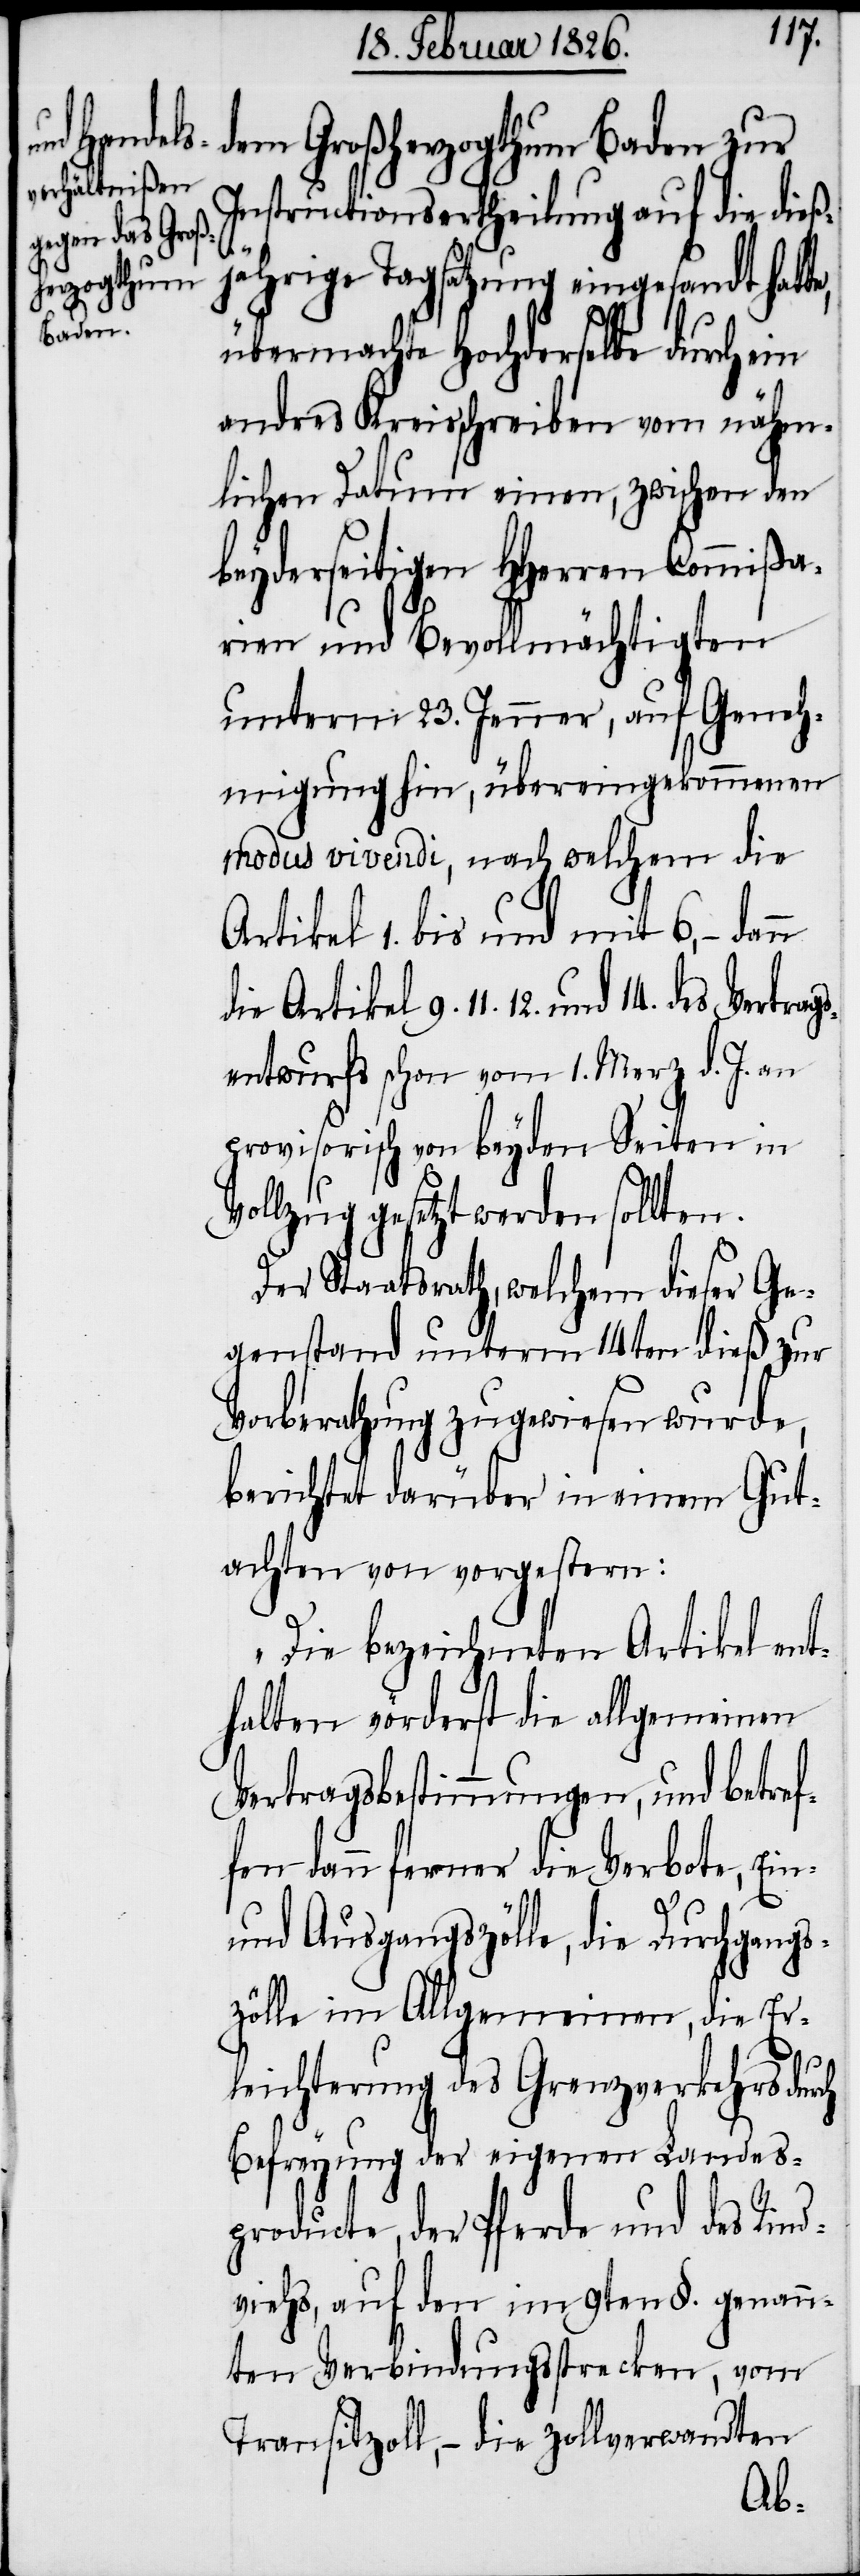
Vertrags¬

dem Großherzogthum Baden zur
Instructionsertheilung auf die dieß¬
jährige Tagsatzung eingesandt hatte,
übermachte Hochderselbe durch ein
andres Kreisschreiben vom nähm¬
lichen Datum einen, zwischen den
beyderseitigen HHerrn Commißia¬
rien und Bevollmächtigten
unterm 23. Jenner, auf Geneh¬
migung hin, übereingekommenen
modus vivendi, nach welchem die
Artikel 1. bis und mit 6, –
die Artikel 9. 11. 12. und 14. des
entwurfs schon vom 1. Merz d. J. an
provisorisch von beyden Seiten in
Vollzug gesetzt werden sollten.
Der Staatsrath, welchem dieser Ge¬
genstand unterm 14ten dieß zur
Vorberathung zugewiesen wurde,
berichtet darüber in einem Gut¬
achten von vorgestern:
„Die bezeichneten Artikel ent¬
halten vörderst die allgemeinen
Vertragsbestimmungen, und betref¬
fen dann ferner die Verbote, Ein-
und Ausgangszölle, die Durchgangs¬
zölle im Allgemeinen, die Er¬
leichterung des Grenzverkehrs durch
Befreyung der eigenen Landes¬
producte, der Pferde und des Rind¬
viehs, auf den im 9ten §. genann¬
ten Verbindungsstrecken, vom
Transitzoll, – die zollverwandten